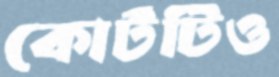
কোর্টটিও